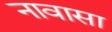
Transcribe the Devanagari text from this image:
नावासा